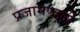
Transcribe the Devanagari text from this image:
प्रजामण्डलों